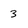
Character: 3